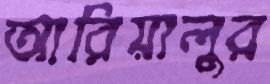
আরিয়ালুর